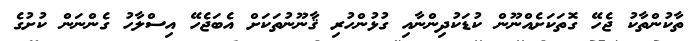
ތާކުންތާކު ޖެހޭ ގޮތަކަށެއްނޫން ކުޑަކުދިންނާއި ގުޅުންހުރި ޤާނޫނުތަކަށް އެބަޖެހޭ އިސްލާހު ގެންނަން ކުށުގެ